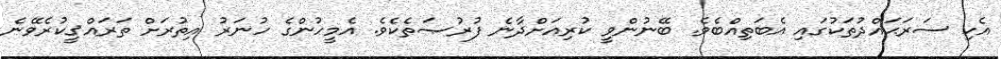
އެކި ސަރަޙައްދުތަކުގައި އެބަތިއްބެވެ. ބޭނުންވީ ކުރިއަށްދާނެ ފުރުޞަތެކެވެ. އެމީހުންގެ ހުނަރު އިތުރަށް ތަރައްޤީކުރެވޭނެ